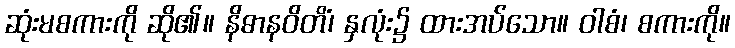
ဆုံးမစကားကို ဆို၏။ နိဓာနဝိတိံ၊ နှလုံး၌ ထားအပ်သော။ ဝါစံ၊ စကားကို။